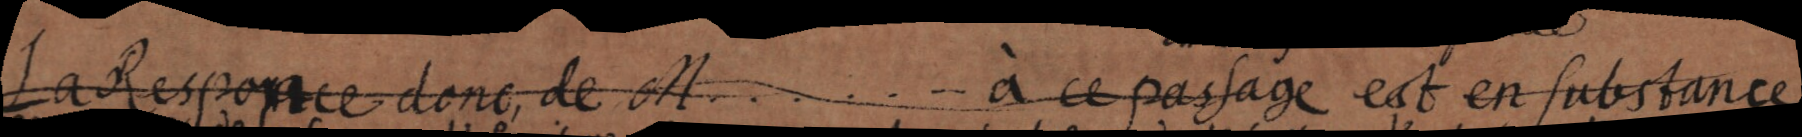
La Responce donc, de M. . . . . à ce passage est en substance